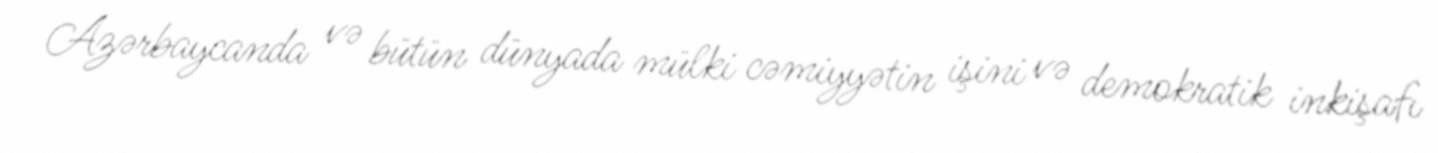
Azərbaycanda və bütün dünyada mülki cəmiyyətin işini və demokratik inkişafı